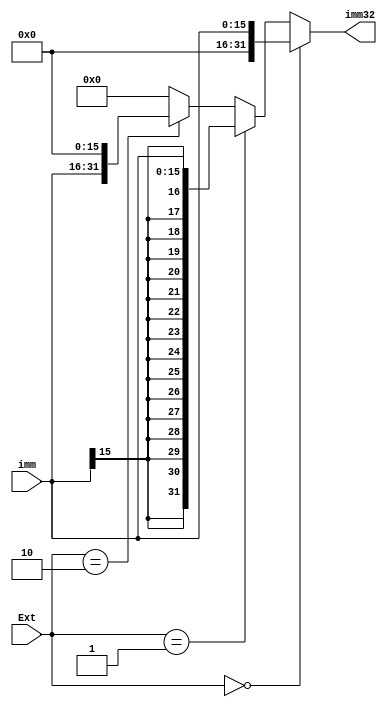
`timescale 1ns / 1ps
`default_nettype none

module Extend(
    input wire [15:0] imm,
    input wire [1:0] Ext,
    output wire [31:0] imm32
    );
    assign imm32 = (Ext == 2'b00) ? {16'b0, imm} : // zero_ext
                   (Ext == 2'b01) ? {{16{imm[15]}}, imm} : // sign_ext
                   (Ext == 2'b10) ? {imm, 16'b0} : // lui
                   32'b0;
endmodule